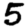
Digit: 5